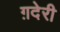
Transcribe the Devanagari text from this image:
ग़देरी